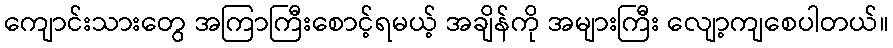
ကျောင်းသားတွေ အကြာကြီးစောင့်ရမယ့် အချိန်ကို အများကြီး လျော့ကျစေပါတယ်။